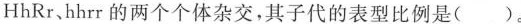
HhRr、hhrr的两个个体杂交，其子代的表型比例是( )。